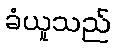
ခံယူသည်